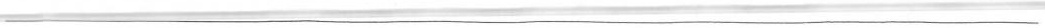
___